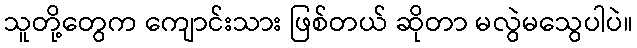
သူတို့တွေက ကျောင်းသား ဖြစ်တယ် ဆိုတာ မလွဲမသွေပါပဲ။